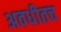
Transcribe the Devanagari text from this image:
अवधीतच